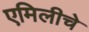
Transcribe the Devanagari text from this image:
एमिलीचे